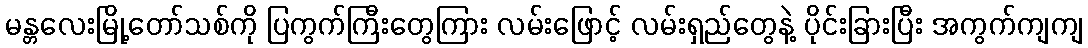
မန္တလေးမြို့တော်သစ်ကို ပြကွက်ကြီးတွေကြား လမ်းဖြောင့် လမ်းရှည်တွေနဲ့ ပိုင်းခြားပြီး အကွက်ကျကျ